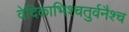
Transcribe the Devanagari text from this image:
वेदिकाभिश्चतुर्वनैश्च